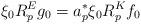
LaTeX: \begin{align*} \xi_0 R^E_p g_0 = a_p^* \xi_0 R^K_p f_0 \end{align*}